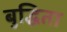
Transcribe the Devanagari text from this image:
बुद्धिता